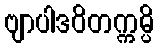
ဗျာပါဒဝိတက္ကမ္ပိ